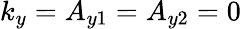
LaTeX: k_{y}=A_{y1}=A_{y2}=0